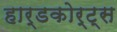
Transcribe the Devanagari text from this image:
हार्डकोर्ट्स